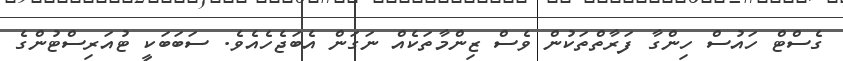
ގެސްޓް ހައުސް ހިންގާ ފަރާތްތަކުން ވެސް ޒިންމާތަކެއް ނަގަން އެބަޖެހެއެވެ. ސަބަބަކީ ޓުއަރިސްޓުންގެ